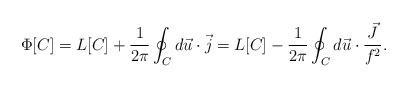
LaTeX: \begin{align*}\Phi[C]=L[C]+\frac{1}{2\pi}\oint_C d\vec{u}\cdot\vec{j}=L[C]-\frac{1}{2\pi}\oint_C d\vec{u}\cdot\frac{\vec{J}}{f^2} .\end{align*}